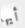
أيها